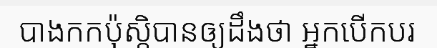
បាងកកប៉ុស្តិបានឲ្យដឹងថា អ្នកបើកបរ